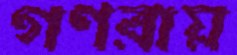
গণরায়